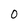
Character: O